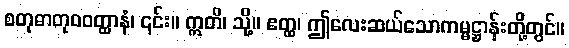
စတုဓာတုဝဝတ္ထာနံ၊ ၎င်း။ ဣတိ၊ သို့။ ဧတ္ထ၊ ဤလေးဆယ်သောကမ္မဋ္ဌာန်းတို့တွင်။